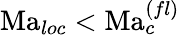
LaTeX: \mathrm{Ma}_{loc}<\mathrm{Ma}_{c}^{(fl)}